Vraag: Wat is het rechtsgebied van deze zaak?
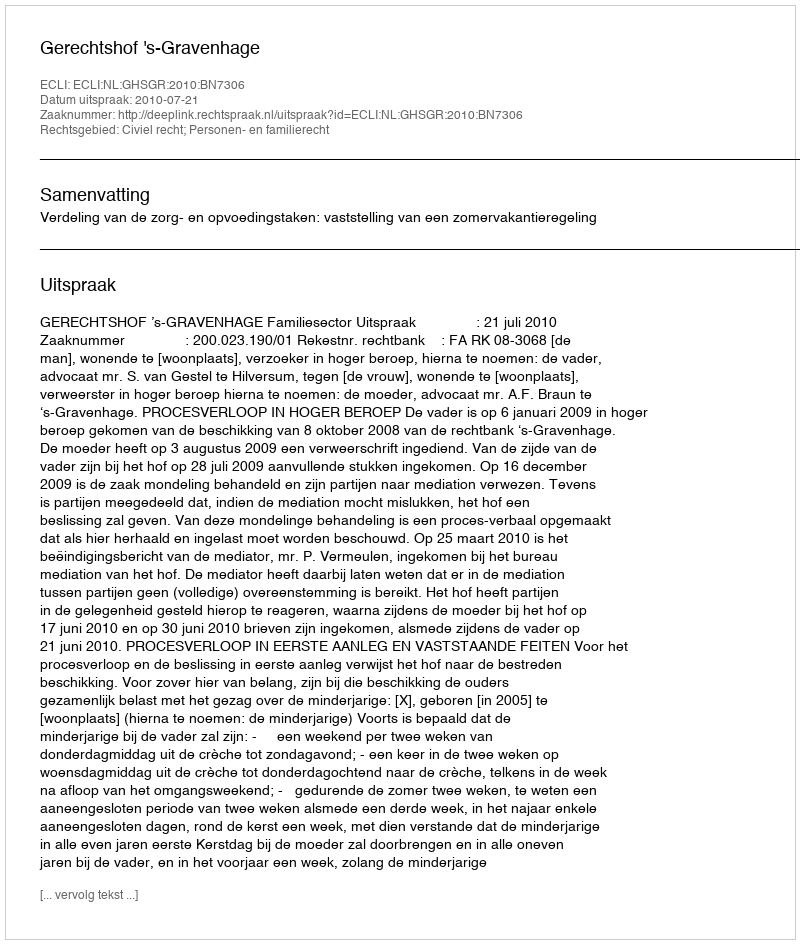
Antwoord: Civiel recht; Personen- en familierecht